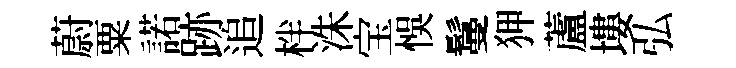
蔚粟諾跡追柈洙宝悞鬘狎蘆塿弘